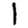
Digit: 1